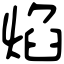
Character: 焰